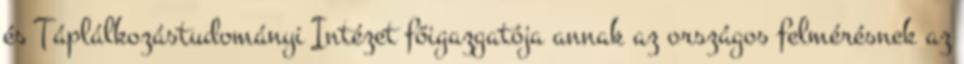
és Táplálkozástudományi Intézet főigazgatója annak az országos felmérésnek az